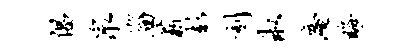
倡泉淄薪彭刻淑庵晦